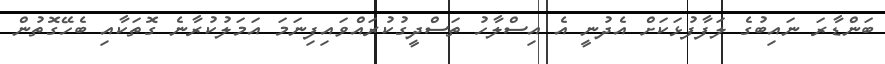
ބަންޑާރަ ނައިބުގެ ލަފާފުޅަކަށް އެދުނީ އެ އިސްލާހު ތަސްދީގުކުރައްވައިފިނަމަ އަމަލުކުރާނެ ގޮތަކާއި ބެހޭގޮތުން